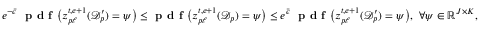
\begin{array} { r } { e ^ { - \bar { \epsilon } } \ \textbf { p d f } \big ( z _ { p \ell } ^ { t , e + 1 } ( \mathcal { D } _ { p } ^ { \prime } ) = \psi \big ) \leq \textbf { p d f } \big ( z _ { p \ell } ^ { t , e + 1 } ( \mathcal { D } _ { p } ) = \psi \big ) \leq e ^ { \bar { \epsilon } } \ \textbf { p d f } \big ( z _ { p \ell } ^ { t , e + 1 } ( \mathcal { D } _ { p } ^ { \prime } ) = \psi \big ) , \ \forall \psi \in \mathbb { R } ^ { J \times K } , } \end{array}